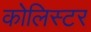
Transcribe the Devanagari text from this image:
कोलिस्टर